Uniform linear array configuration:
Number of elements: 32
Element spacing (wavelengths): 0.75
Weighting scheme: kaiser
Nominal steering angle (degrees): -15
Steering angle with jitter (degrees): -15.398
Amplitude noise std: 0.05
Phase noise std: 0.05

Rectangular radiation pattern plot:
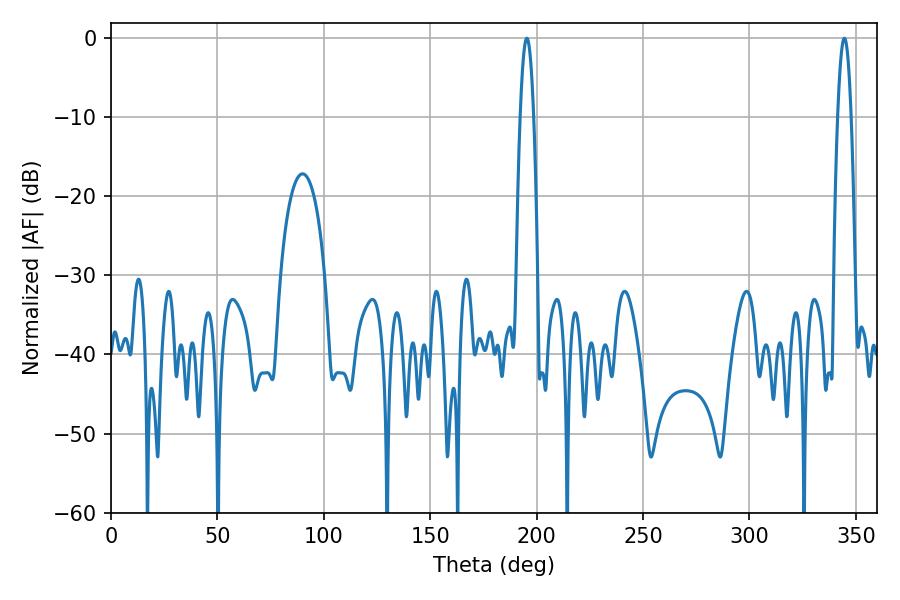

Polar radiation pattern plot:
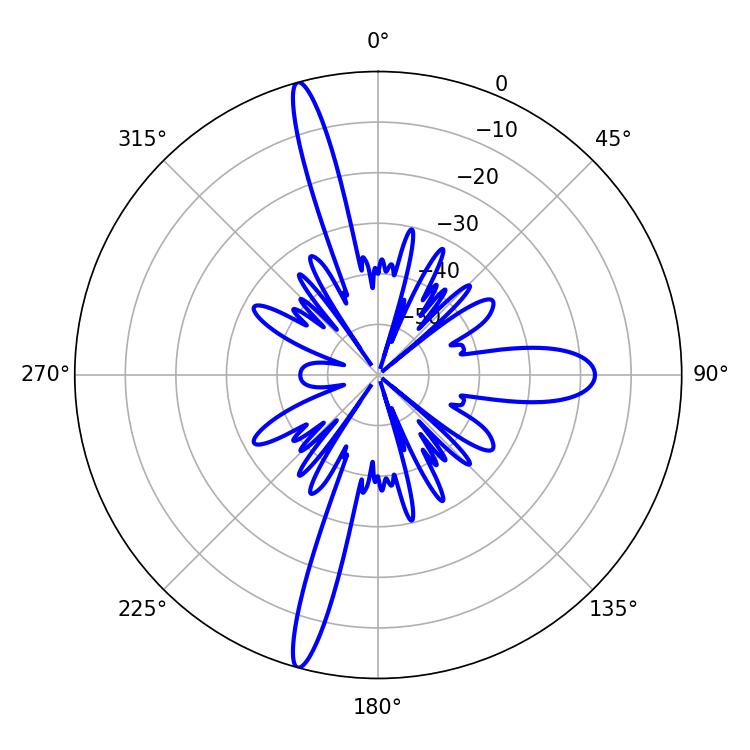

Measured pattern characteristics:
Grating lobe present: TRUE
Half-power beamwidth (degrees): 3.42
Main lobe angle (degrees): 195.48